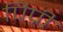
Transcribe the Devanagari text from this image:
पिप्री